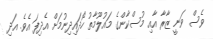
ވެސް ވަނީ ޒާރާ އާއި މުސްކާންގެ މައުލޫމާތު ހޯދައިދިނުމަށް އެދިފަ އެވެ. އަދި